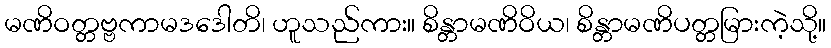
မဏိဝတ္တဗ္ဗကာမဒဒေါတိ၊ ဟူသည်ကား။ စိန္တာမဏိဝိယ၊ စိန္တာမဏိပတ္တမြားကဲ့သို့။